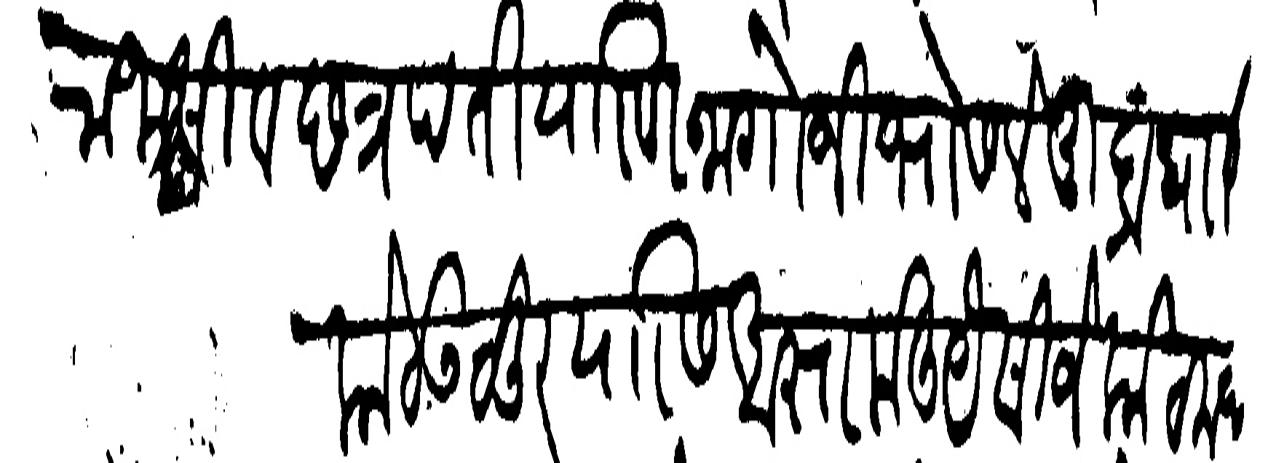
Transliteration (Devanagari): राजा सीवछत्रपति याणी नागोजी भोसले मुद्राधारी कोट उळूर यासी आज्ञा केली यैसीजे कोट मज